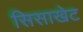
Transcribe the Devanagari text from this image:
सिसाखेट